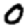
Digit: 0